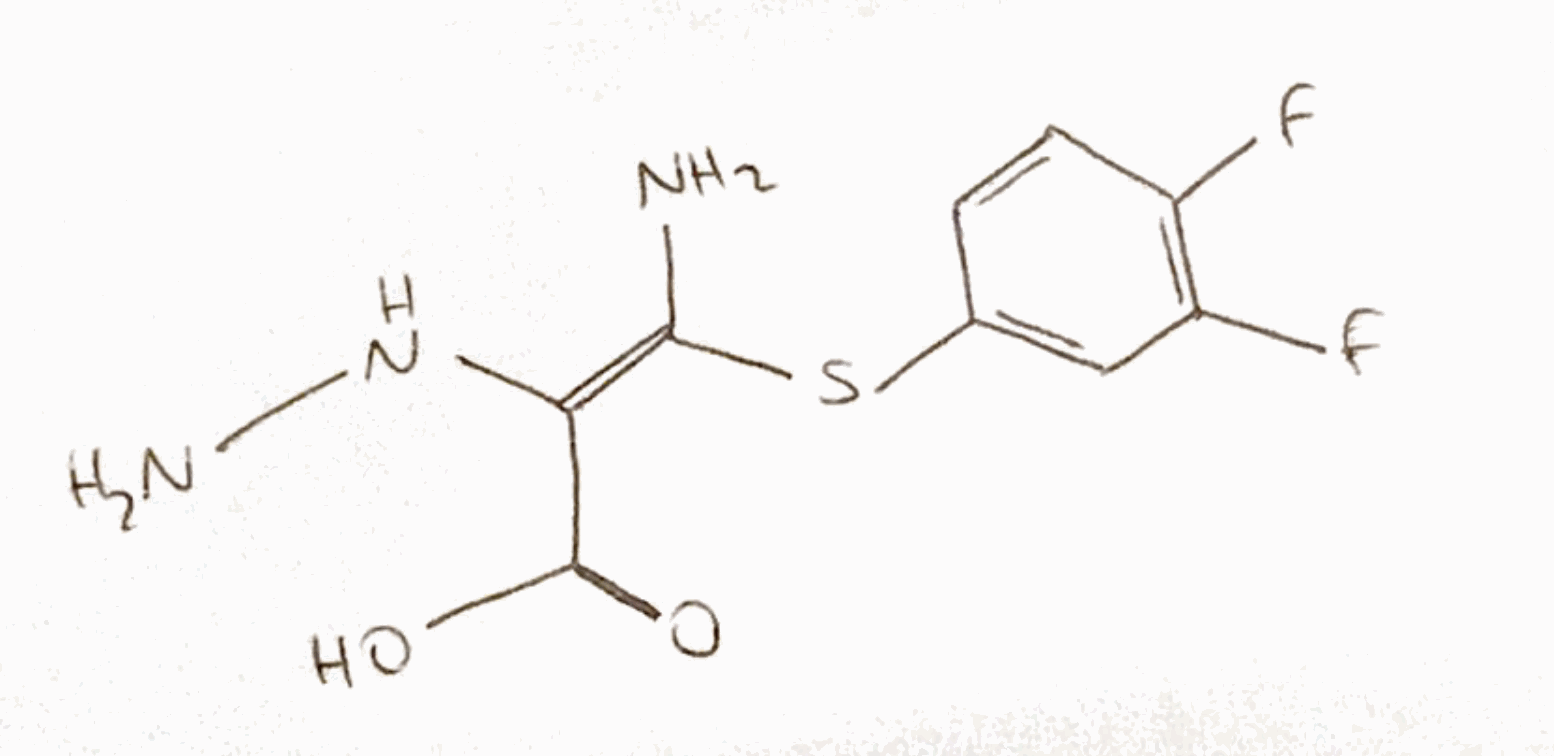
Simplified molecular-input line-entry system (SMILES) notation of the given molecule:
C1=CC(=C(C=C1S/C(=C(\C(=O)O)/NN)/N)F)F